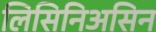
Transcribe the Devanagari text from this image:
लिसिनिअसिन